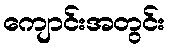
ကျောင်းအတွင်း